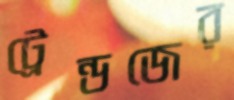
ট্রেন্ডজের